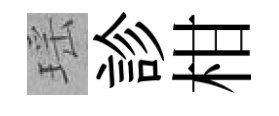
瑶診柑